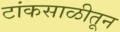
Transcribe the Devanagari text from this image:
टांकसाळीतून